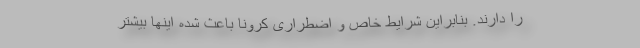
را دارند. بنابراین شرایط خاص و اضطراری کرونا باعث شده اینها بیشتر